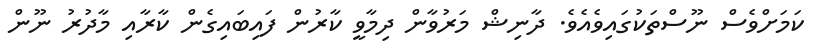
ކަމަށްވެސް ނޫސްތަކުގައިވެއެވެ. ދާނިޝް މަރުވާން ދިމާވީ ކާރުން ފައިބައިގެން ކާރާއި މާދުރު ނޫން